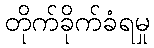
တိုက်ခိုက်ခံရမှု